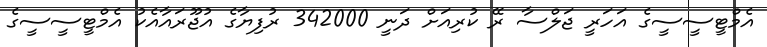
އެމްޓީސީސީގެ އަހަރީ ޖަލްސާ ރޭ ކުރިއަށް ދަނީ 342000 ރުފިޔާގެ އުޖޫރައާއެކު އެމްޓީސީސީގެ